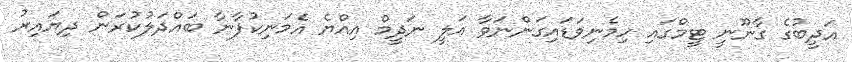
އަދީބުގެ ގާނޫނީ ޓީމްގައި ހިމެނިވަޑައިގަންނަވާ އަލީ ނަދީމް އިއްޔެ އެމަނިކުފާނާ ބައްދަލުކުރަން ދިޔައިރު